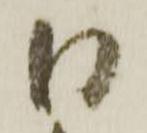
日